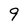
Character: 9